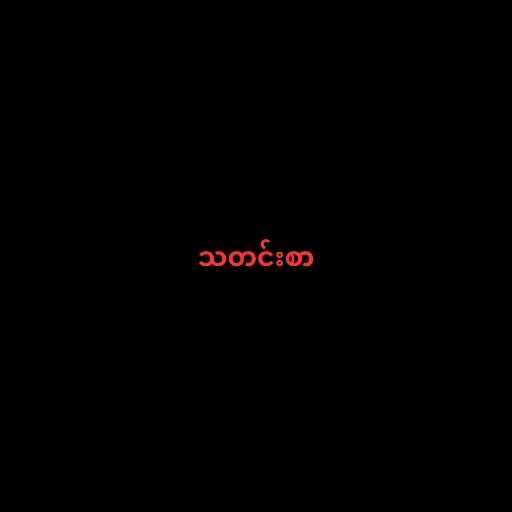
သတင်းစာ